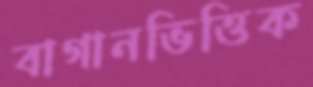
বাগানভিত্তিক